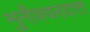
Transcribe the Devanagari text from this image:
मुनीश्वरदत्त